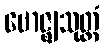
ဗောဇ္ဈသုတ္တံ